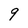
Character: 9